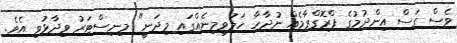
ވެސް ގަސް އިންދުމުގެ ޕްރޮގްރާމެއް ނުދާހާ ހަލުވިމިނެއްގައި މިދަނީ" މިނިސްޓަރު ވިދާޅުވި އެވެ.